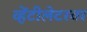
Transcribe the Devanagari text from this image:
व्हेंटीलेटरवर